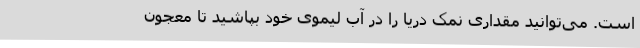
است. می‌توانید مقداری نمک دریا را در آب لیموی خود بپاشید تا معجون